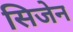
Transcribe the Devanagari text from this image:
सिजेन